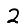
Digit: 2